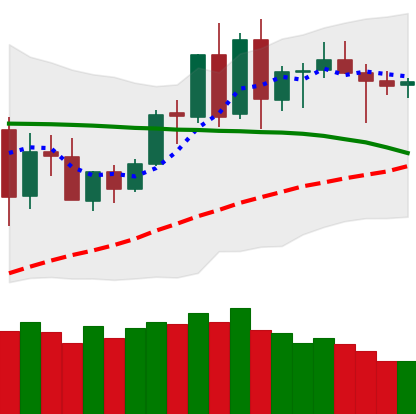
Ticker: BNB-USD
Chart end date: 2020-06-09
Forward return: -4.469%
Label: down_3_5